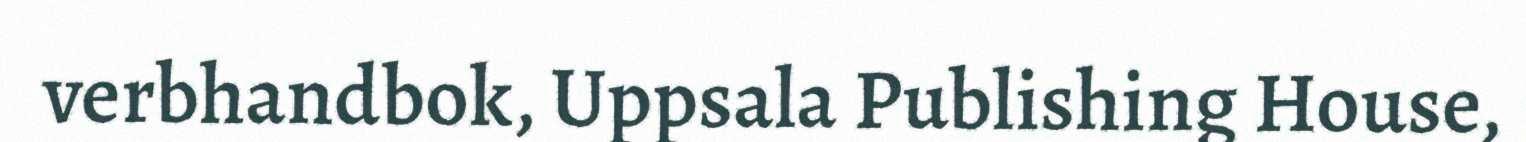
verbhandbok, Uppsala Publishing House,